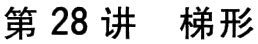
第 28 讲  梯形